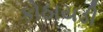
કોઠાયડી